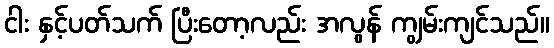
ငါး နှင့်ပတ်သက် ပြီးတော့လည်း အလွန် ကျွမ်းကျင်သည်။